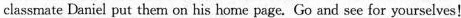
classmate Daniel put them on his home page. Go and see for yourselves!